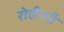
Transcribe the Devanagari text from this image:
रोहीणी